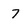
Character: 7